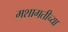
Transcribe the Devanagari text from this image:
मशागतीच्या